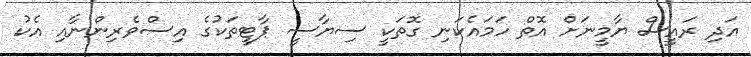
އަދި ރައީސް ޔާމީނަށް އޮތް ހަމައެކަނި ގޮތަކީ ސިޔާސީ ޕާޓީތަކުގެ އިސްވެރިންނާއި އެކު